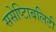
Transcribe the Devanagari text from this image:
ससेप्टिाबलिटी